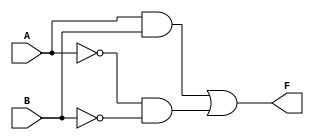
module two_variable_kmap (
    input wire A,      // First input variable
    input wire B,      // Second input variable
    output wire F      // Output variable
);

// Define the output F based on the K-map
// You can modify the logic expression based on the desired truth table
assign F = (A & B) | (~A & ~B); // Example: F = AB + A'B'

endmodule